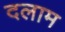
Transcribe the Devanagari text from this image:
दलाम